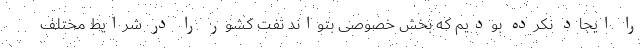
را ایجاد نکرده بودیم که بخش خصوصی بتواند نفت کشور را در شرایط مختلف